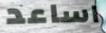
اساعد